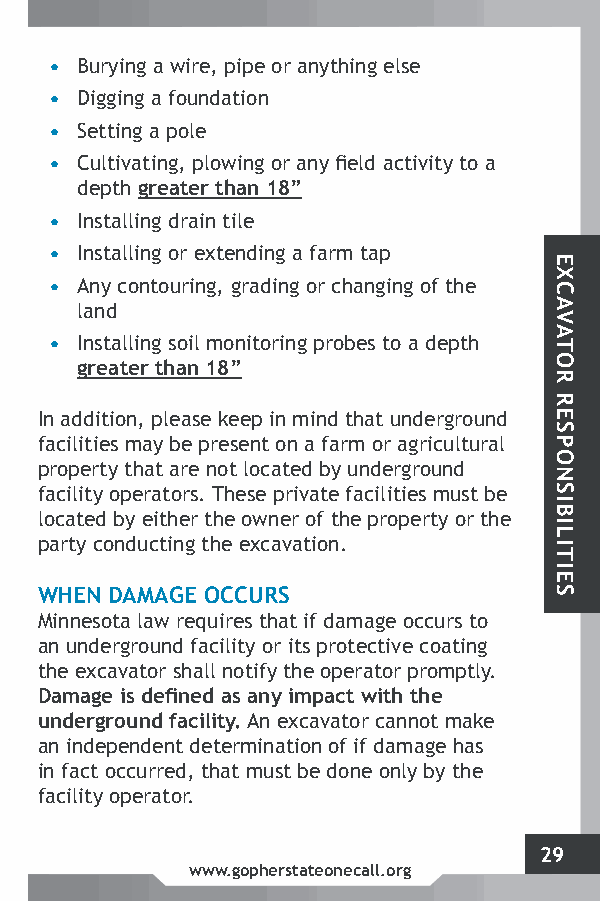
• Burying a wire, pipe or anything else
 • Digging a foundation
 • Setting a pole
 • Cultivating, plowing or any field activity to a
 depth greater than 18”
 • Installing drain tile
 • Installing or extending a farm tap
 • Any contouring, grading or changing of the
 land
 • Installing soil monitoring probes to a depth
 greater than 18”
 In addition, please keep in mind that underground
 facilities may be present on a farm or agricultural
 property that are not located by underground
 facility operators. These private facilities must be
 located by either the owner of the property or the
 party conducting the excavation.
 WHEN DAMAGE OCCURS
 Minnesota law requires that if damage occurs to
 an underground facility or its protective coating
 the excavator shall notify the operator promptly.
 Damage is defined as any impact with the
 underground facility. An excavator cannot make
 an independent determination of if damage has
 in fact occurred, that must be done only by the
 facility operator.
 29
 www.gopherstateonecall.org
 EXCAVATOR
 RESPONSIBILITIES